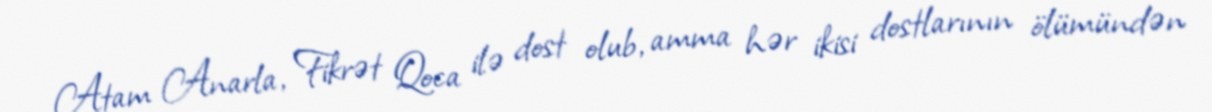
Atam Anarla, Fikrət Qoca ilə dost olub, amma hər ikisi dostlarının ölümündən